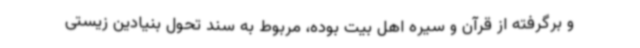
و برگرفته از قرآن و سیره اهل بیت بوده، مربوط به سند تحول بنیادین زیستی